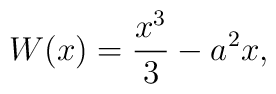
W(x) = \frac{x^3}{3} - a^2 x,